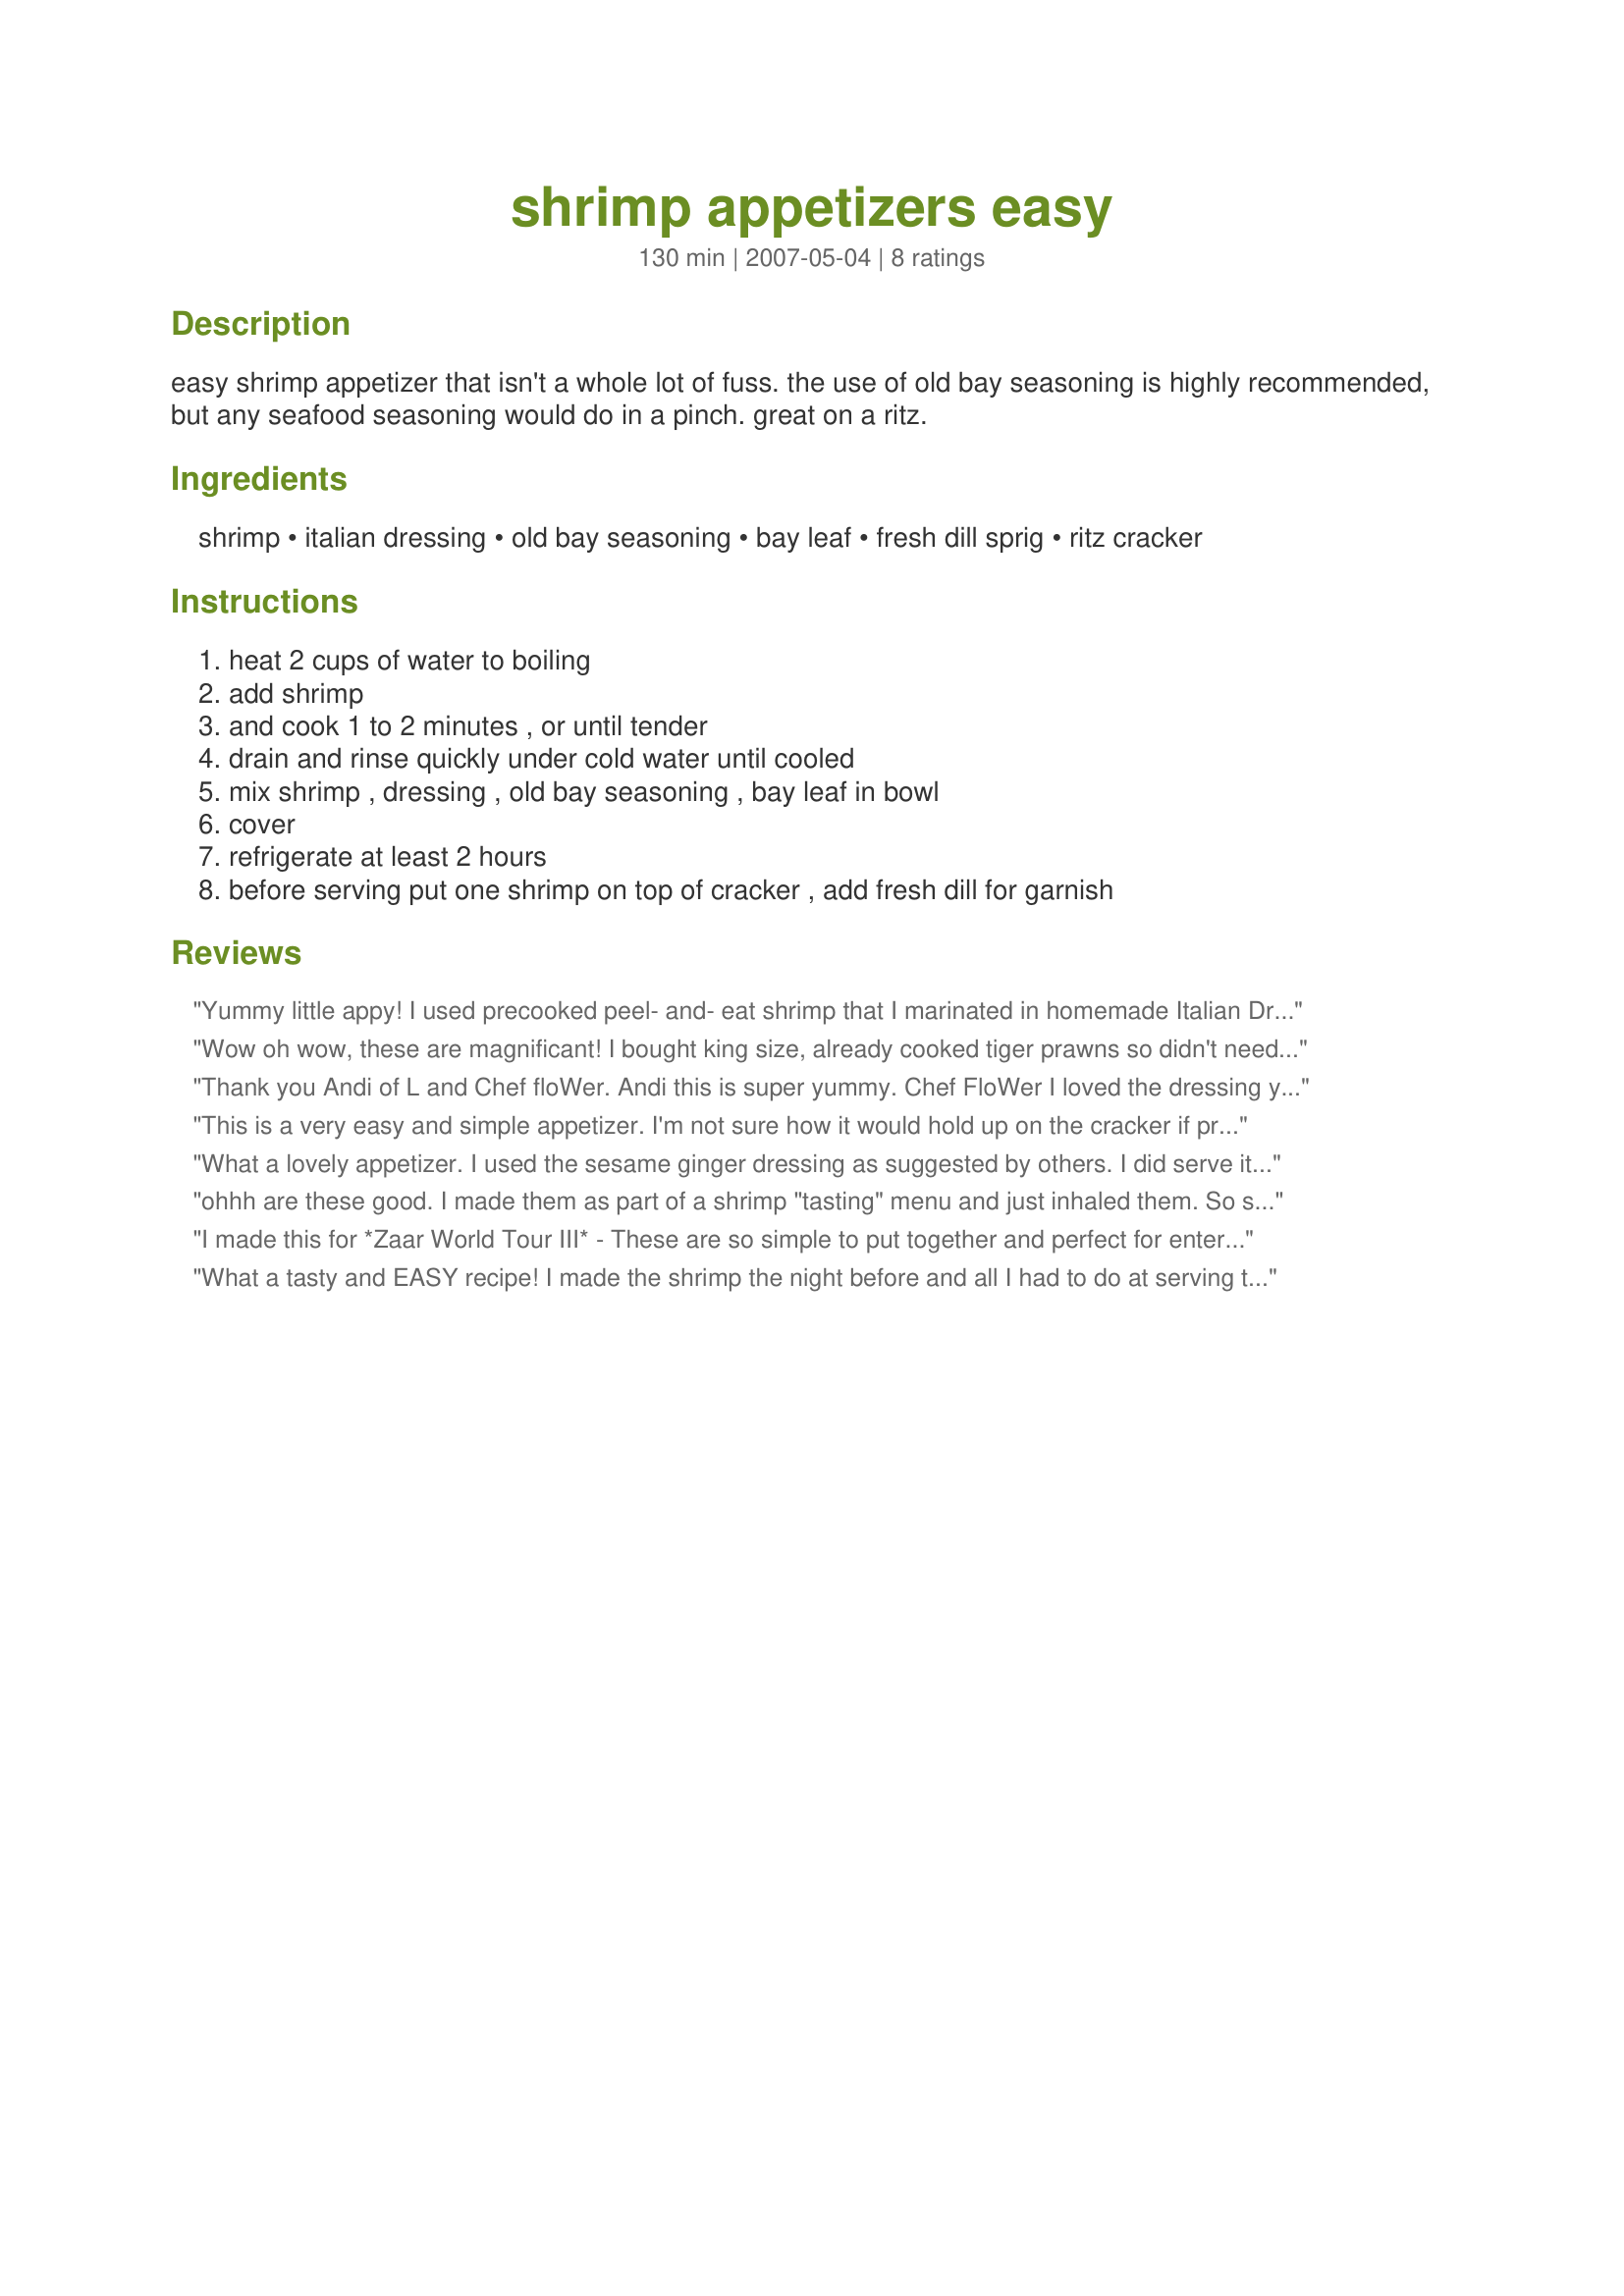
shrimp appetizers easy
Preparation time: 130 minutes

easy shrimp appetizer that isn't a whole lot of fuss. the use of old bay seasoning is highly recommended, but any seafood seasoning would do in a pinch. great on a ritz.

Ingredients:
shrimp, italian dressing, old bay seasoning, bay leaf, fresh dill sprig, ritz cracker

Steps:
heat 2 cups of water to boiling, add shrimp, and cook 1 to 2 minutes , or until tender, drain and rinse quickly under cold water until cooled, mix shrimp , dressing , old bay seasoning , bay leaf in bowl, cover, refrigerate at least 2 hours, before serving put one shrimp on top of cracker , add fresh dill for garnish

Reviews:
Yummy little appy! I used precooked peel- and- eat shrimp that I marinated in homemade Italian Dressing overnight. I also served them in a bowl with the crackers surrounding it. I got lots of compliments from my friends. Thanks for sharing. Made for ZWT7.
Wow oh wow, these are magnificant! I bought king size, already cooked tiger prawns so didn't need to do the cooking steps. If I was able to I would have taken floWers advise and used Paul Newman's Own Light Sesame Ginger Dressing but unfortunately I couldn't buy it in my supermarket so instead I used an Italian dressing. Luckily I had Old Bay Seasoning that I'd received in a swap. Excellent finger food that will impress. This one goes into my favourites folder. Thank you so much for posting.
Thank you Andi of L and Chef floWer. Andi this is super yummy. Chef FloWer I loved the dressing you suggested as well. These little babies were great. My guests weren't as enthused so next time I may bring down the Old bay for them. My husband liked the way you got more of the dressing one bite and later on a burst of a different flavor. The dill fresh is great. Do not assemble early. The cracker disintegrates from the dressing. Right before is best. I also drizzled more marinade over them. Delicious. Thanks! ChefDLH
This is a very easy and simple appetizer. I'm not sure how it would hold up on the cracker if prepared a few hours ahead of time. A nice alternative to the traditional shrimp cocktail.
What a lovely appetizer. I used the sesame ginger dressing as suggested by others. I did serve it Ã€_la_carte so as not to soak the crackers before eating. We enjoyed the flavors. Thanks for posting. :)
ohhh are these good. I made them as part of a shrimp "tasting" menu and just inhaled them. So simple but so delicious.
I made this for *Zaar World Tour III* - These are so simple to put together and perfect for entertaining because they are ready in a few minutes. I marinated the prawns with my favourite dressing (Paul Newman's Own - Light Sesame Ginger Dressing) and used Recipe #189447 (Old Bay Seasoning is not available in my region) otherwise I kept to the recipe. They were so good that Little Miss ate more then our visitors. Thank you Andi of Longmeadow Farm
What a tasty and EASY recipe! I made the shrimp the night before and all I had to do at serving time was place on a cracker. I did add a few red pepper flakes to the pot when cooking the shrimp. Yum! Thank you for sharing your recipe. Reviewed for ZWT3 Zingo.
